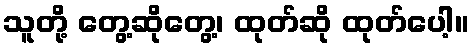
သူတို့ တွေ့ဆိုတွေ့၊ ထုတ်ဆို ထုတ်ပေါ့။